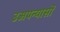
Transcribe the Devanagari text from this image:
उअपन्यासों